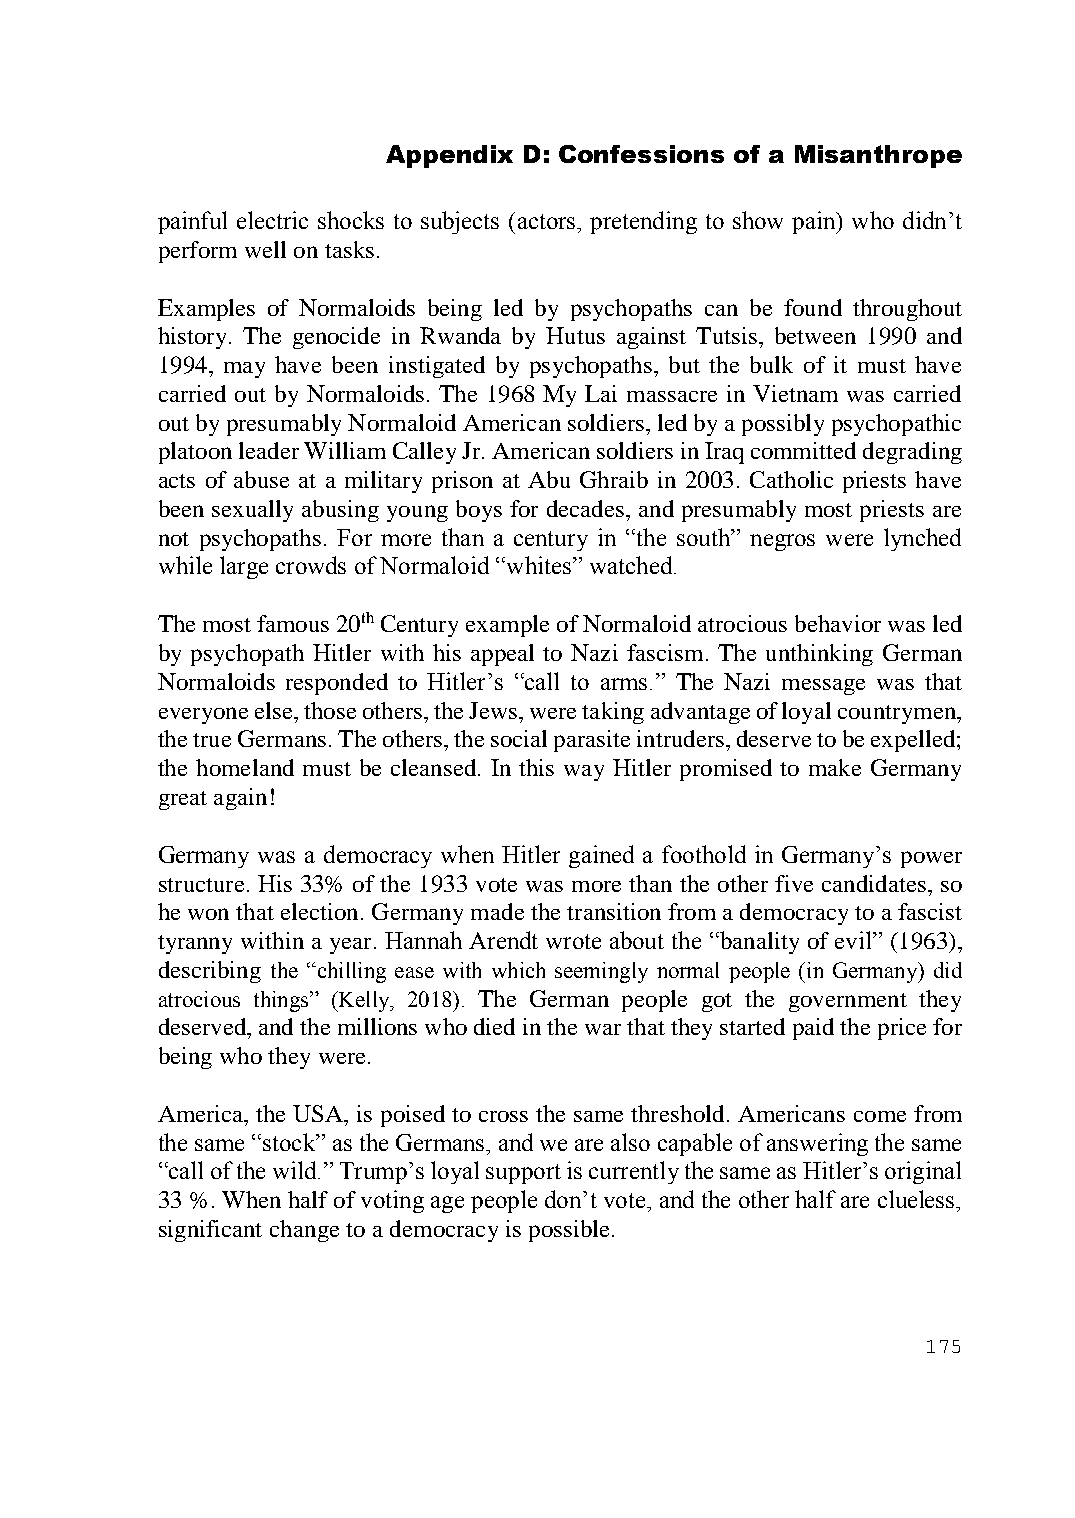
Appendix D: Confessions of a Misanthrope
 painful electric shocks to subjects (actors, pretending to show pain) who didn’t
 perform well on tasks.
 Examples of Normaloids being led by psychopaths can be found throughout
 history. The genocide in Rwanda by Hutus against Tutsis, between 1990 and
 1994, may have been instigated by psychopaths, but the bulk of it must have
 carried out by Normaloids. The 1968 My Lai massacre in Vietnam was carried
 out by presumably Normaloid American soldiers, led by a possibly psychopathic
 platoon leader William Calley Jr. American soldiers in Iraq committed degrading
 acts of abuse at a military prison at Abu Ghraib in 2003. Catholic priests have
 been sexually abusing young boys for decades, and presumably most priests are
 not psychopaths. For more than a century in “the south” negros were lynched
 while large crowds of Normaloid “whites” watched.
 The most famous 20th Century example of Normaloid atrocious behavior was led
 by psychopath Hitler with his appeal to Nazi fascism. The unthinking German
 Normaloids responded to Hitler’s “call to arms.” The Nazi message was that
 everyone else, those others, the Jews, were taking advantage of loyal countrymen,
 the true Germans. The others, the social parasite intruders, deserve to be expelled;
 the homeland must be cleansed. In this way Hitler promised to make Germany
 great again!
 Germany was a democracy when Hitler gained a foothold in Germany’s power
 structure. His 33% of the 1933 vote was more than the other five candidates, so
 he won that election. Germany made the transition from a democracy to a fascist
 tyranny within a year. Hannah Arendt wrote about the “banality of evil” (1963),
 describing the “chilling ease with which seemingly normal people (in Germany) did
 atrocious things” (Kelly, 2018). The German people got the government they
 deserved, and the millions who died in the war that they started paid the price for
 being who they were.
 America, the USA, is poised to cross the same threshold. Americans come from
 the same “stock” as the Germans, and we are also capable of answering the same
 “call of the wild.” Trump’s loyal support is currently the same as Hitler’s original
 33 %. When half of voting age people don’t vote, and the other half are clueless,
 significant change to a democracy is possible.
 175